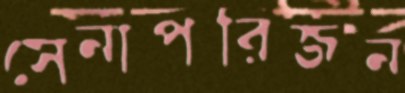
সেনাপরিজন